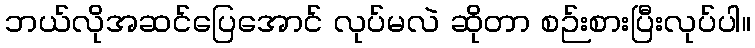
ဘယ်လိုအဆင်ပြေအောင် လုပ်မလဲ ဆိုတာ စဉ်းစားပြီးလုပ်ပါ။